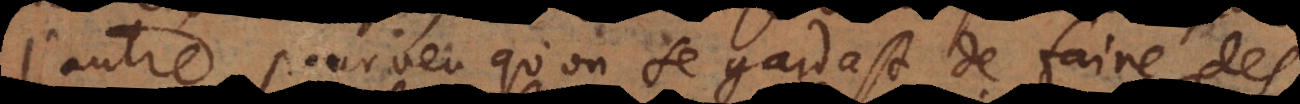
l’autre, pourveu qu’on se gardast de faire des